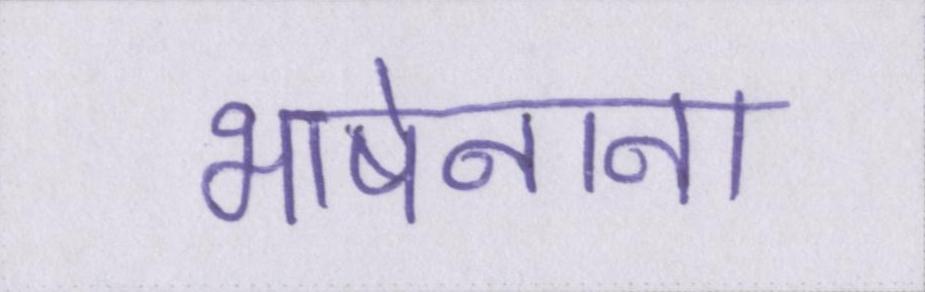
भाषेनाना